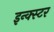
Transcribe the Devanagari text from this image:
इन्क्स्टर